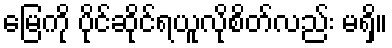
မြေကို ပိုင်ဆိုင်ရယူလိုစိတ်လည်း မရှိ။